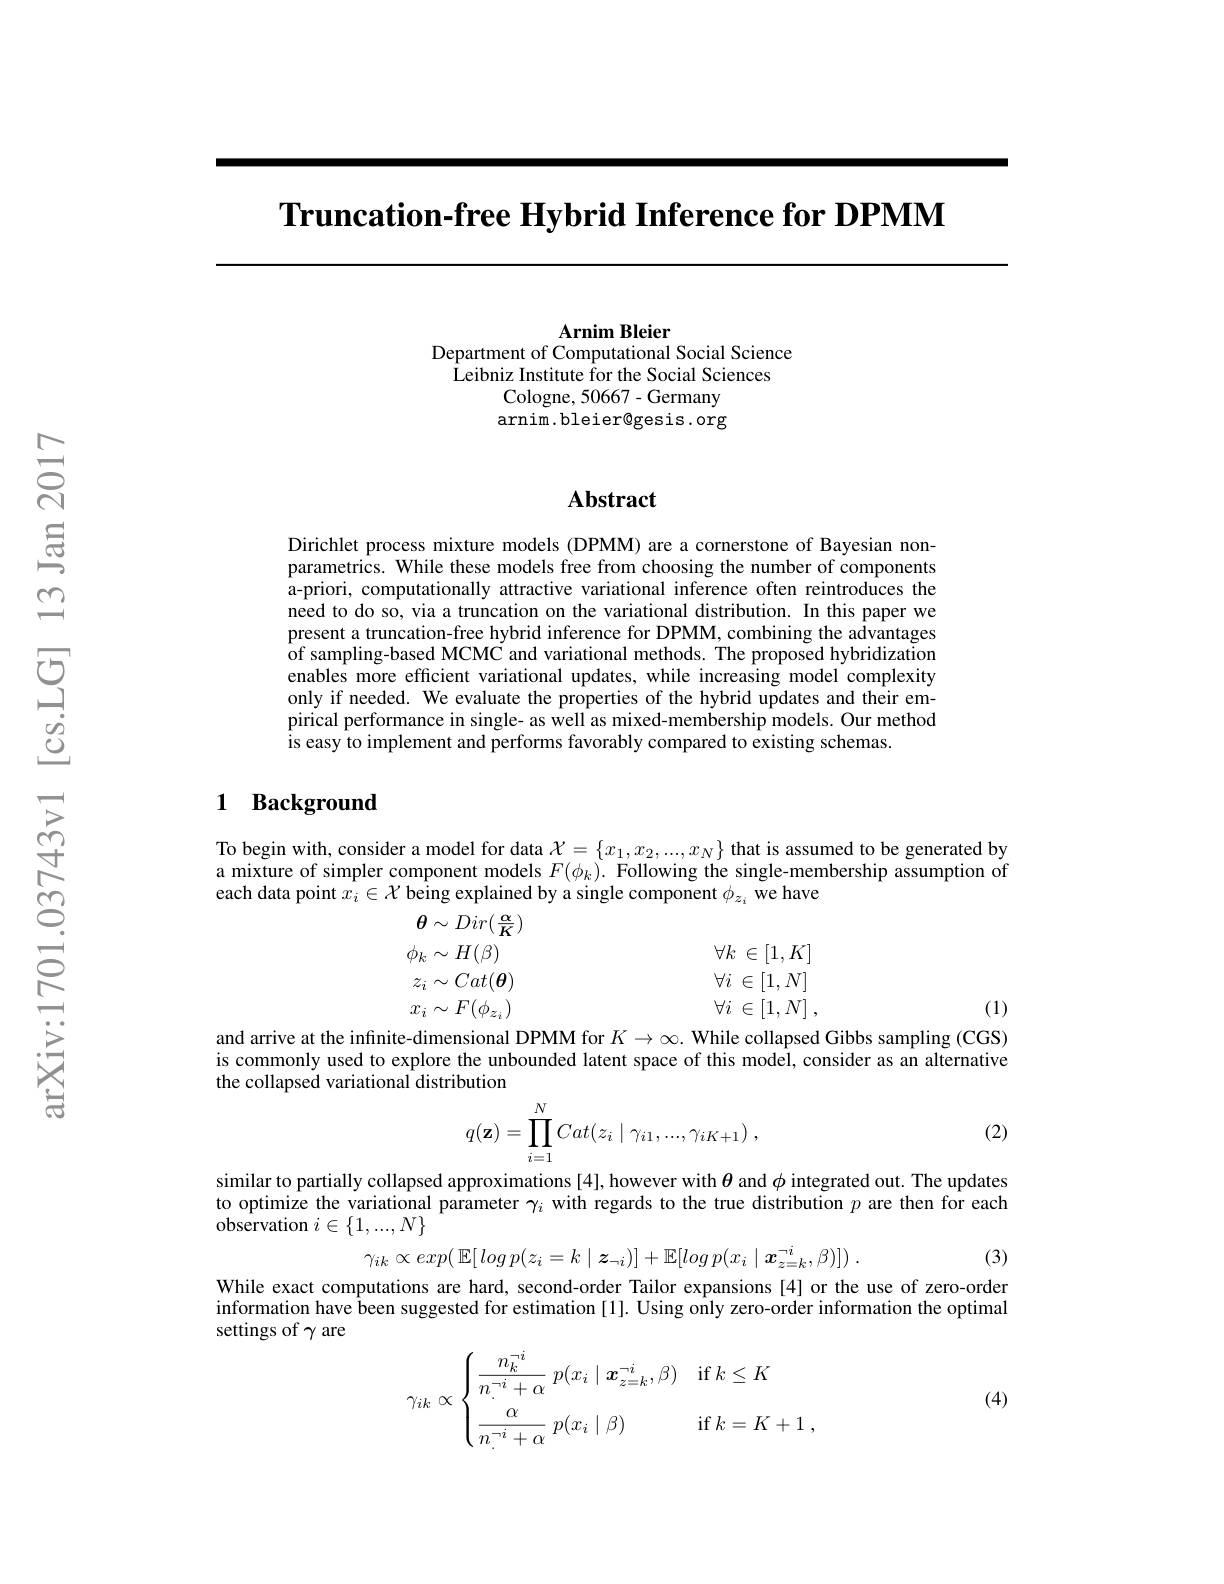
Truncation-free Hybrid Inference for DPMM

Arnim Bleier
Department of Computational Social Science $\hat{\text{Leibniz Institute for the Social Sciences}}$
Cologne, 50667 - Germany arnim.bleier@gesis.org

### $\mathbf{Abstract}$

Dirichlet process mixture models (DPMM) are a cornerstone of Bayesian nonparametrics. While these models free from choosing the number of components a-priori, computationally attractive variational inference often reintroduces the need to do so, via a truncation on the variational distribution. In this paper we present a truncation-free hybrid inference for DPMM, combining the advantages of sampling-based MCMČ and variational methods. The proposed hybridization enables more efficient variational updates, while increasing model complexity only if needed. We evaluate the properties of the hybrid updates and their empirical performance in single- as well as mixed-membership models. Our method is easy to implement and performs favorably compared to existing schemas.

### 1 Background

To begin with, consider a model for data $\mathcal{X}=\{x_1,x_2,...,x_N\}$ that is assumed to be generated by mixture of simpler component models $F(\phi_k).$ Following the single-membership assumption of each data point $x_i\in\mathcal{X}$ being explained by a single component $\phi_z_i$ we have
$$\begin{aligned}&\theta\sim Dir(\frac{\alpha}{K})\\&\phi_{k}\sim H(\beta)&&\forall k\:\in[1,K]\\&z_{i}\sim Cat(\boldsymbol{\theta})&&\forall i\:\in[1,N]\\&x_{i}\sim F(\phi_{z_{i}})&&\forall i\:\in[1,N]\:,\\&\text{to dimarcienol DBMM for K Wbilo collorcod}\end{aligned}$$
(1)

and arrive at the infinite-dimensional DPMM for $K\to\infty.$ While collapsed Gibbs sampling (CGS) is commonly used to explore the unbounded latent space of this model, consider as an alternative the collapsed variational distribution
$$q(\mathbf{z})=\prod\limits_{i=1}^NCat(z_i\mid\gamma_{i1},...,\gamma_{iK+1})\:,$$
(2)

similar to partially collapsed approximations [4], however with $\theta$ and $\phi$ integrated out. The updates to optimize the variational parameter $\gamma_i$ with regards to the true distribution $p$ are then for each $\hat{\text{observation}}\in\{1,...,N\}$
$$\gamma_{ik}\propto exp(\:\mathbb{E}[\:log\:p(z_{i}=k\mid\boldsymbol{z}_{\neg i})]+\mathbb{E}[log\:p(x_{i}\mid\boldsymbol{x}_{z=k}^{\neg i},\beta)])\:.$$
(3)

While exact computations are hard, second-order Tailor expansions [4] or the use of zero-order information have been suggested for estimation [1]. Using only zero-order information the optimal settings of $\gamma$ are
$$\gamma_{ik}\propto\begin{cases}\dfrac{n_k^{-i}}{n_.^{-i}+\alpha}\:p(x_i\mid x_{z=k}^{-i},\beta)&\text{if}\:k\leq K\\[2ex]\dfrac{\alpha}{n_.^{-i}+\alpha}\:p(x_i\mid\beta)&\text{if}\:k=K+1\:,\end{cases}$$
(4)